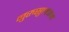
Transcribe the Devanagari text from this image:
नुरुसुल्तान